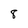
Character: 8